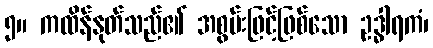
၅။ ကထိန်နုတ်သည်၏ အစွမ်းဖြင့်ဖြစ်သော ဥဒ္ဓါရကံ၊